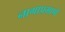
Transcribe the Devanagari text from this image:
नागाप्रमाणे